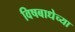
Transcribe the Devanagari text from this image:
विषबाधेच्या